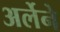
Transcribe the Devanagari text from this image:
अर्लेने